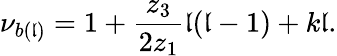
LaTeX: \nu_{b(\mathfrak{l})}=1+\frac{{z_{3}}}{{2z_{1}}}\mathfrak{l}(\mathfrak{l}-1)+k\mathfrak{l}.